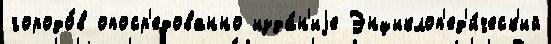
городо́в опоср'едованно изда́н'иjе Энциклоп'ед'и́ческ'ий